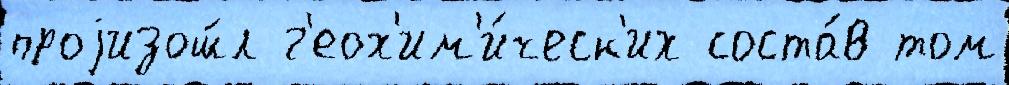
проjизош́л г'еох'им'и́ческ'их соста́в том